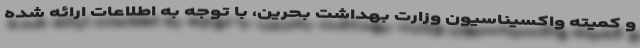
و کمیته واکسیناسیون وزارت بهداشت بحرین، با توجه به اطلاعات ارائه شده